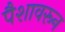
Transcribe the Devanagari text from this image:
पैशावरून